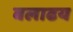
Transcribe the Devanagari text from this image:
बलाढय